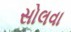
સોલવા